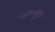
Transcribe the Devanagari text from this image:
५४००हून